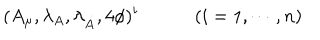
LaTeX: ( A _ { \mu } , \lambda _ { A } , \lambda _ { \dot { A } } , 4 \phi ) ^ { i } \qquad \quad ( i = 1 , \cdots , n )